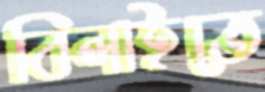
বিলাইতে